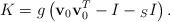
LaTeX: \begin{align*}K=g\left({\bf v}_0{\bf v}_0^T-I-{}_SI\right).\end{align*}